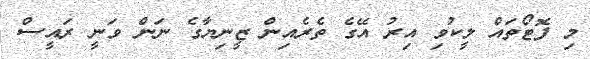
މި ފޮޓޯތައް ލީކުވި އިރު އޭގެ ތެރެއިން ޒީނިޔާގެ ނަން ވަނީ ރައީސް